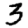
Digit: 3